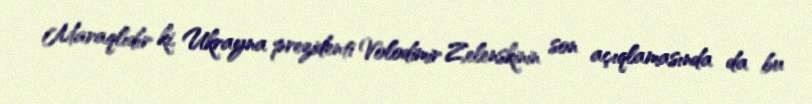
Maraqlıdır ki, Ukrayna prezidenti Volodimir Zelenskinin son açıqlamasında da bu